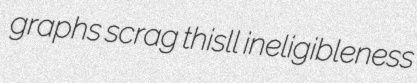
graphs scrag thisll ineligibleness